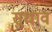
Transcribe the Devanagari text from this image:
सुधाव